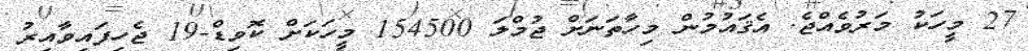
27 މީހަކު މަރުވެއްޖެ. އެޤައުމުން މިހާތަނަށް ޖުމްލަ 154500 މީހަކަށް ކޮވިޑް-19 ޖެހިފައިވާއިރު